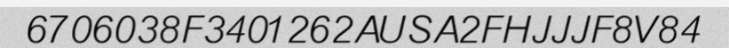
6706038F3401262AUSA2FHJJJF8V84